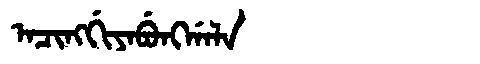
Manchu: ᠠᠴᡳᠩᡤᡳᠶᠠᠪᡠᠩᡤᠠᠯᠠ
Romanization: ACINGGIYABUNGGALA